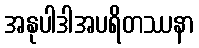
အနုပါဒါအပရိတဿနာ